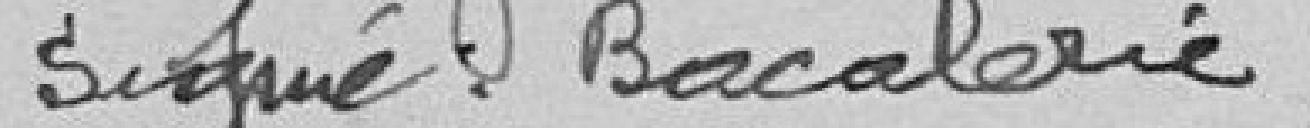
Signé : Bacalerie